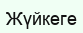
Жүйкеге